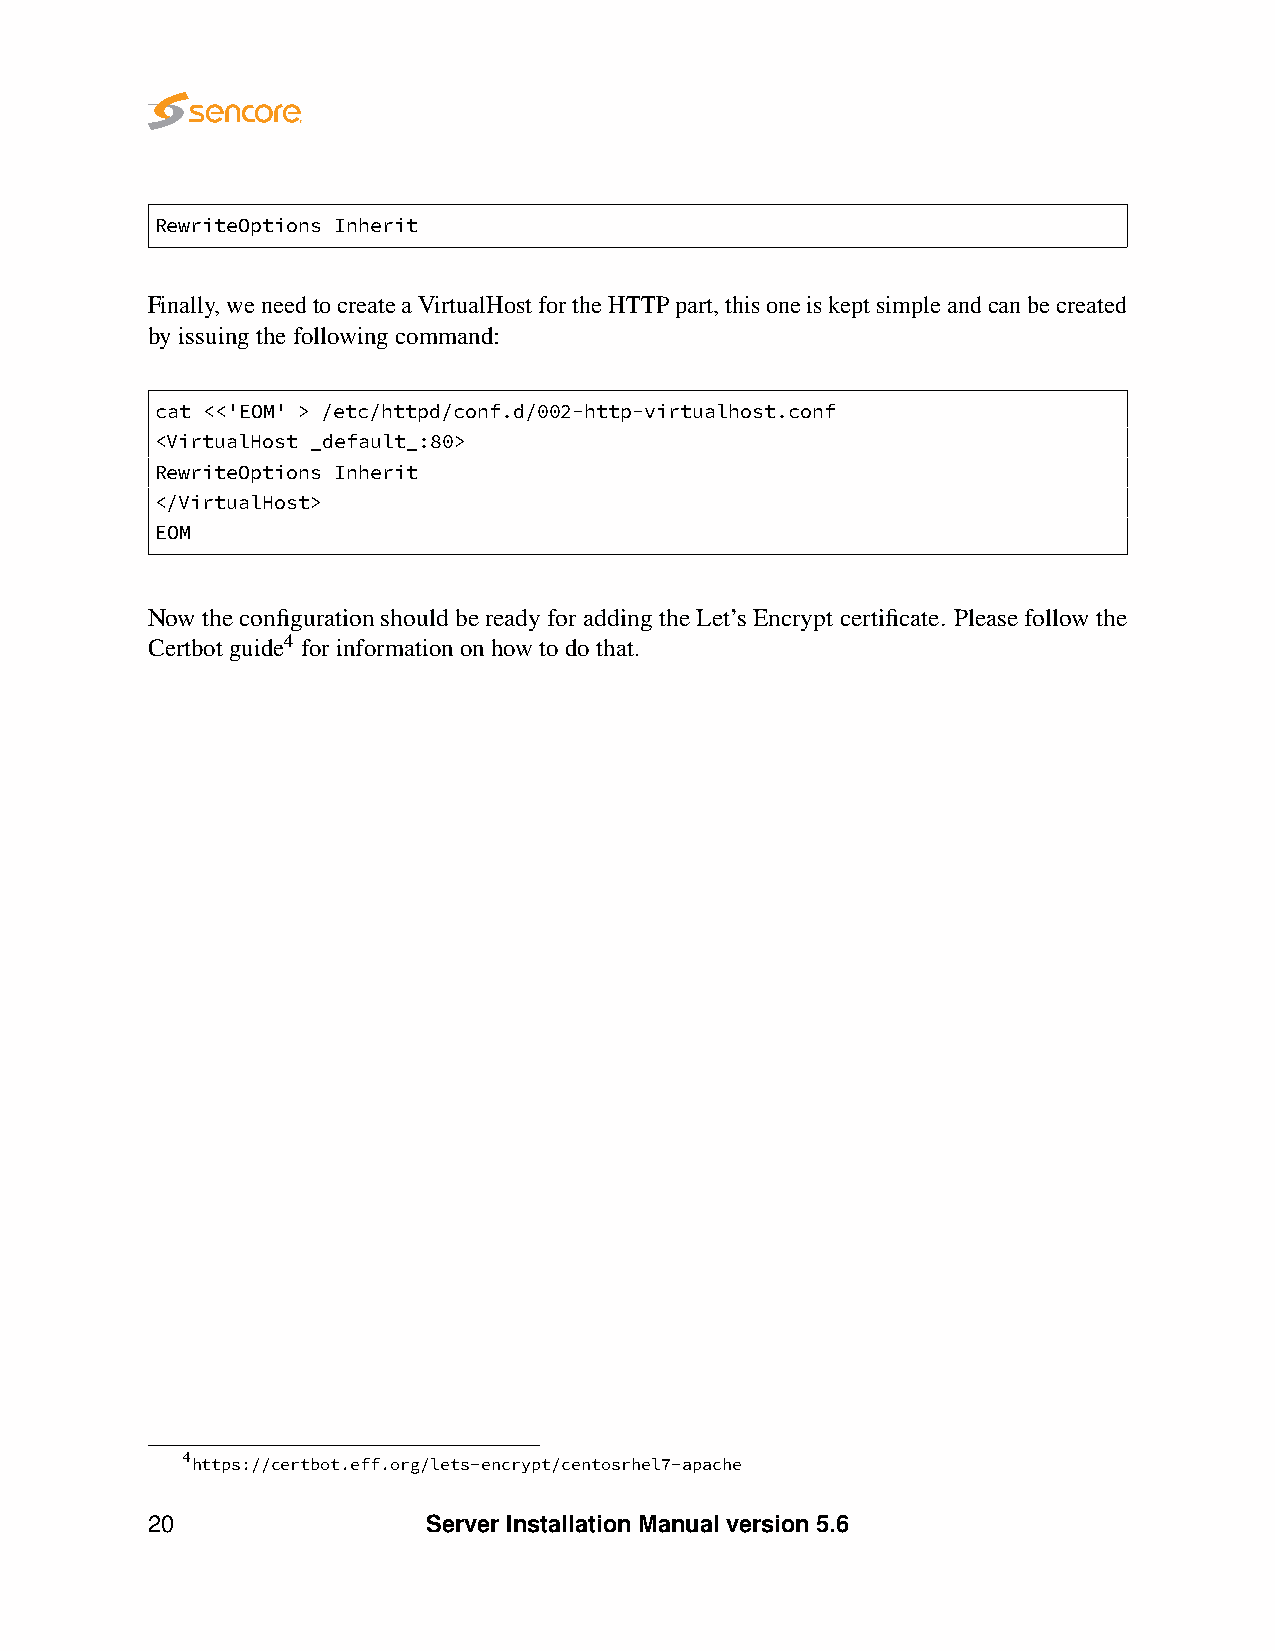
RewriteOptions Inherit
 Finally,weneedtocreateaVirtualHostfortheHTTPpart,thisoneiskeptsimpleandcanbecreated
 byissuingthefollowingcommand:
 cat <<'EOM' > /etc/httpd/conf.d/002-http-virtualhost.conf
 <VirtualHost _default_:80>
 RewriteOptions Inherit
 </VirtualHost>
 EOM
 NowtheconfigurationshouldbereadyforaddingtheLet’sEncryptcertificate. Pleasefollowthe
 Certbotguide4 forinformationonhowtodothat.
 4https://certbot.eff.org/lets-encrypt/centosrhel7-apache
 20                Server Installation Manual version 5.6